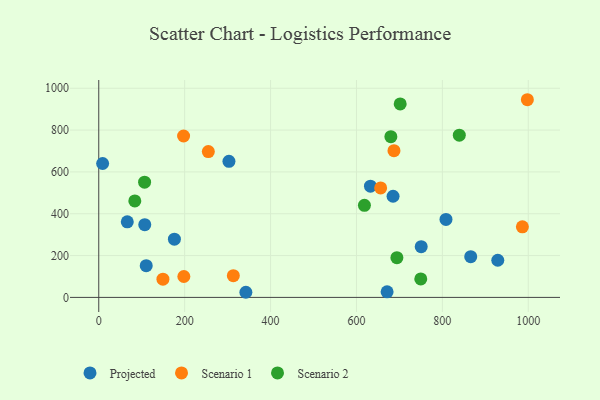
{"axis": {"x": "Engine Size", "y": "Salary"}, "legend": ["Projected", "Scenario 1", "Scenario 2"], "data": [{"x": "750.7", "y": 242.4, "type": "Projected"}, {"x": "107.1", "y": 347.7, "type": "Projected"}, {"x": "866.0", "y": 194.5, "type": "Projected"}, {"x": "685.2", "y": 483.7, "type": "Projected"}, {"x": "632.6", "y": 531.8, "type": "Projected"}, {"x": "342.5", "y": 24.5, "type": "Projected"}, {"x": "66.4", "y": 361.1, "type": "Projected"}, {"x": "303.1", "y": 650.7, "type": "Projected"}, {"x": "176.1", "y": 278.3, "type": "Projected"}, {"x": "671.3", "y": 26.8, "type": "Projected"}, {"x": "110.5", "y": 151.6, "type": "Projected"}, {"x": "9.0", "y": 640.1, "type": "Projected"}, {"x": "808.4", "y": 372.7, "type": "Projected"}, {"x": "929.0", "y": 177.7, "type": "Projected"}, {"x": "255.1", "y": 697.1, "type": "Scenario 1"}, {"x": "687.3", "y": 701.5, "type": "Scenario 1"}, {"x": "149.4", "y": 87.2, "type": "Scenario 1"}, {"x": "197.5", "y": 771.6, "type": "Scenario 1"}, {"x": "198.1", "y": 100.0, "type": "Scenario 1"}, {"x": "997.9", "y": 945.1, "type": "Scenario 1"}, {"x": "986.3", "y": 337.6, "type": "Scenario 1"}, {"x": "656.3", "y": 523.5, "type": "Scenario 1"}, {"x": "313.3", "y": 104.1, "type": "Scenario 1"}, {"x": "749.7", "y": 88.2, "type": "Scenario 2"}, {"x": "618.5", "y": 440.0, "type": "Scenario 2"}, {"x": "694.1", "y": 190.0, "type": "Scenario 2"}, {"x": "106.7", "y": 550.7, "type": "Scenario 2"}, {"x": "83.9", "y": 461.2, "type": "Scenario 2"}, {"x": "839.4", "y": 775.6, "type": "Scenario 2"}, {"x": "701.8", "y": 925.0, "type": "Scenario 2"}, {"x": "680.1", "y": 768.5, "type": "Scenario 2"}]}